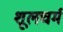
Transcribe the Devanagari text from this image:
शूलचर्म